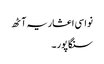
نواسی اعشاریہ آٹھ
سنگاپور ۔